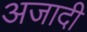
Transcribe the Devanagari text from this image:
अजादी